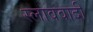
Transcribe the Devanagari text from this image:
स्लाववादी